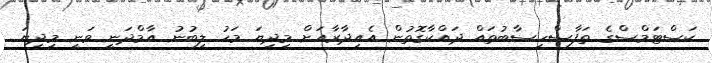
ކަސްޓަމްސްގެ ތަފާސްހިސާބުތައް ދައްކާގޮތުން އެއިދާރާއަށް މިދިޔަ މަހު ލިބުނު އާމްދަނީ ވަނީ މިދިޔަ